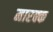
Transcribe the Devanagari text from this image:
मारक्क